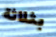
بثلاثة